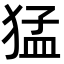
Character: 猛